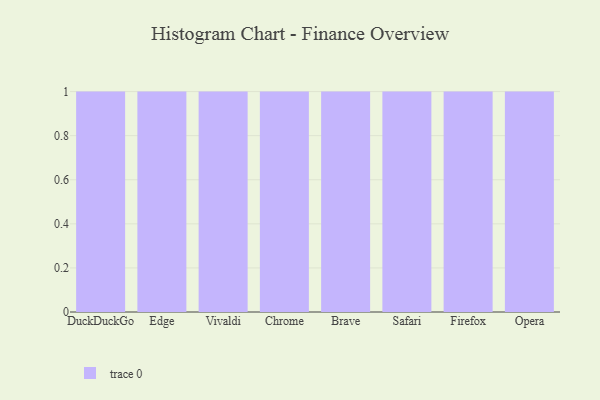
{"axis": {"x": "Browser", "y": "Headcount"}, "legend": [""], "data": [{"x": "DuckDuckGo", "y": 45, "type": ""}, {"x": "Edge", "y": 4, "type": ""}, {"x": "Vivaldi", "y": 51, "type": ""}, {"x": "Chrome", "y": 41, "type": ""}, {"x": "Brave", "y": 60, "type": ""}, {"x": "Safari", "y": 27, "type": ""}, {"x": "Firefox", "y": 60, "type": ""}, {"x": "Opera", "y": 54, "type": ""}]}